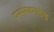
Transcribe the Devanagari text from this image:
परमेश्वराचेच